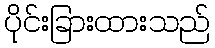
ပိုင်းခြားထားသည်